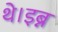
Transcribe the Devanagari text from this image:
थे।इब्न